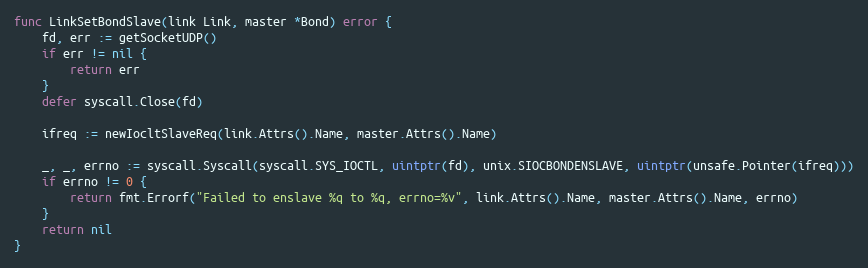
Language: Go
func LinkSetBondSlave(link Link, master *Bond) error {
	fd, err := getSocketUDP()
	if err != nil {
		return err
	}
	defer syscall.Close(fd)

	ifreq := newIocltSlaveReq(link.Attrs().Name, master.Attrs().Name)

	_, _, errno := syscall.Syscall(syscall.SYS_IOCTL, uintptr(fd), unix.SIOCBONDENSLAVE, uintptr(unsafe.Pointer(ifreq)))
	if errno != 0 {
		return fmt.Errorf("Failed to enslave %q to %q, errno=%v", link.Attrs().Name, master.Attrs().Name, errno)
	}
	return nil
}